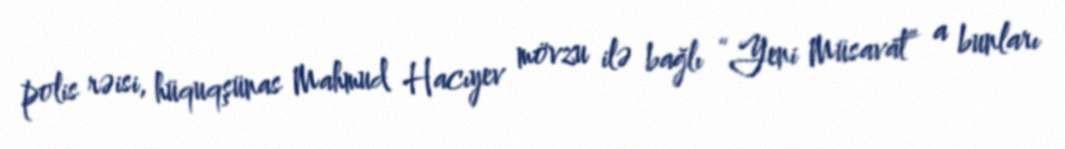
polis rəisi, hüquqşünas Mahmud Hacıyev mövzu ilə bağlı “Yeni Müsavat” a bunları